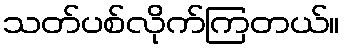
သတ်ပစ်လိုက်ကြတယ်။